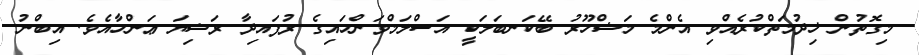
މިގޮތުން ޚިދުމަތްކުރެއްވި އެންމެ މަޝްހޫރު ބޭކަނބަލަކީ އަސްލަމްވަންހައިގެ ރުފައިދާ ރަޟިޔަ ޢަންހާއެވެ. އިބްނު